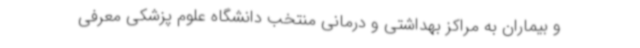
و بیماران به مراکز بهداشتی و درمانی منتخب دانشگاه علوم پزشکی معرفی